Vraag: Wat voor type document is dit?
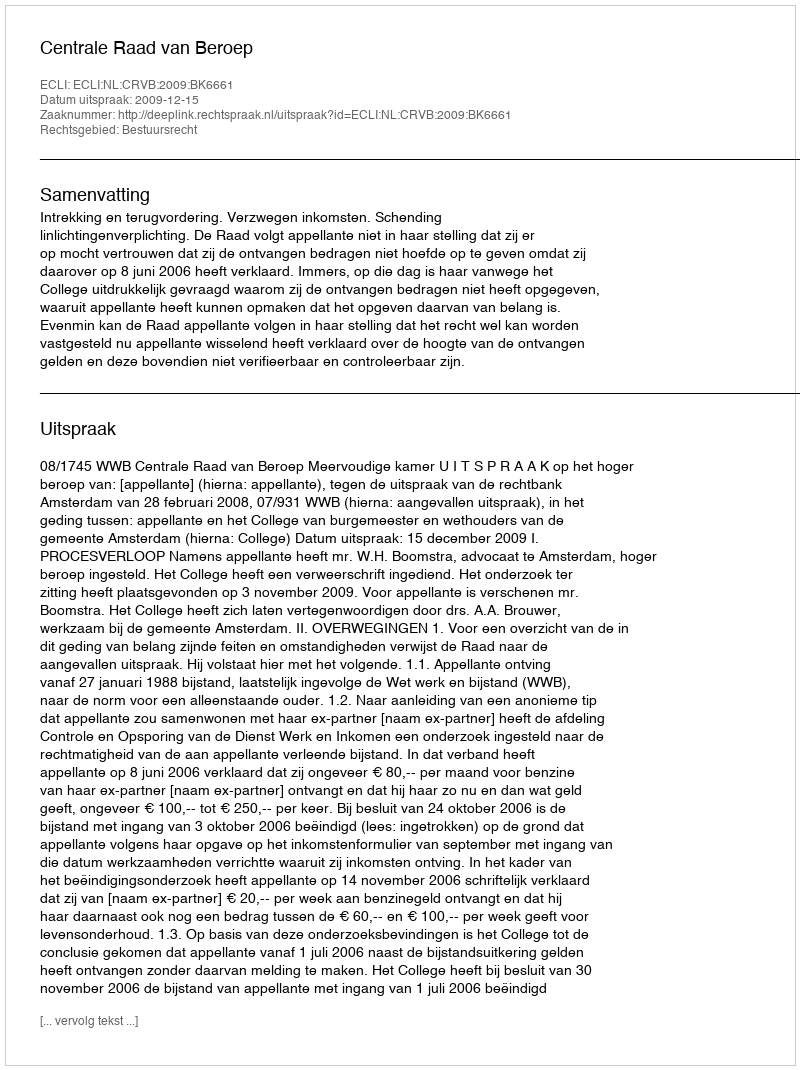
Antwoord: Uitspraak